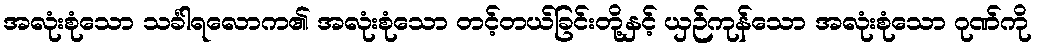
အလုံးစုံသော သင်္ခါရလောက၏ အလုံးစုံသော တင့်တယ်ခြင်းတို့နှင့် ယှဉ်ကုန်သော အလုံးစုံသော ဂုဏ်ကို